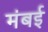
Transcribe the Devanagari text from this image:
मंबई